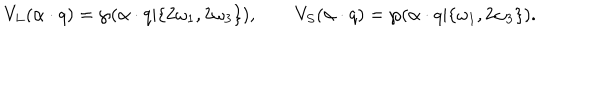
V _ { L } ( \alpha \cdot q ) = \wp ( \alpha \cdot q | \{ 2 \omega _ { 1 } , 2 \omega _ { 3 } \} ) , \qquad V _ { S } ( \alpha \cdot q ) = \wp ( \alpha \cdot q | \{ \omega _ { 1 } , 2 \omega _ { 3 } \} ) .